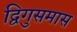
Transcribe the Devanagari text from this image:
द्विगुसमास